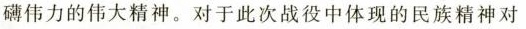
礴伟力的伟大精神。对于此次战役中体现的民族精神对